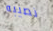
نصيبه